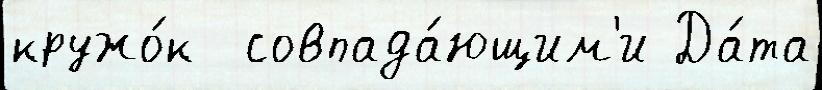
кружо́к  совпада́ющим'и Да́та